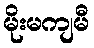
မိုးမကျမီ